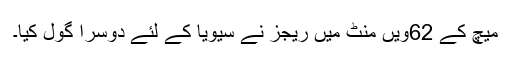
میچ کے 62ویں منٹ میں ریجز نے سیویا کے لئے دوسرا گول کیا۔